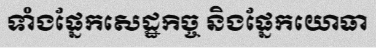
ទាំងផ្នែកសេដ្ឋកិច្ច និងផ្នែកយោធា